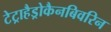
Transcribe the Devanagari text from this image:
टेट्राहैड्रोकैनबिवरिन